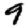
Digit: 9